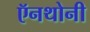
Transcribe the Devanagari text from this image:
ऍनथोनी